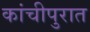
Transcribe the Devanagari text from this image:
कांचीपुरात